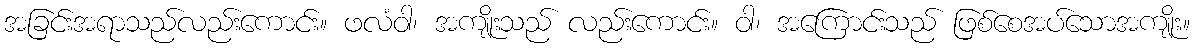
အခြင်းအရာသည်လည်းကောင်း။ ဖလံဝါ၊ အကျိုးသည် လည်းကောင်း။ ဝါ၊ အကြောင်းသည် ဖြစ်စေအပ်သောအကျိုး။